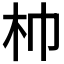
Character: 𣏑